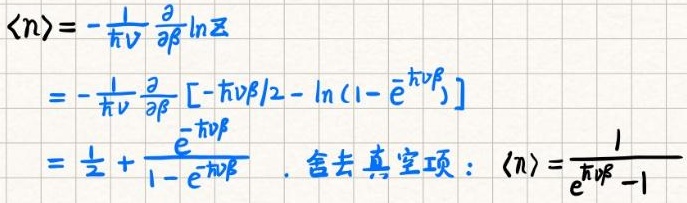
\[
\begin{align*}
\langle n\rangle&=-\frac{1}{\hbar\nu}\frac{\partial}{\partial\beta}\ln\mathcal{Z}\\
&=-\frac{1}{\hbar\nu}\frac{\partial}{\partial\beta}[-\hbar\nu\beta/2 - \ln(1 - e^{-\hbar\nu\beta})]\\
&=\frac{1}{2}+\frac{e^{-\hbar\nu\beta}}{1 - e^{-\hbar\nu\beta}}.\quad\text{舍去真空项：}\langle n\rangle=\frac{1}{e^{\hbar\nu\beta}-1}
\end{align*}
\]